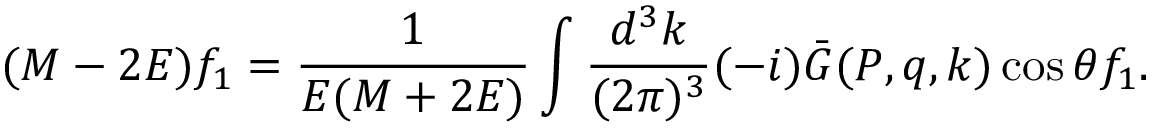
( M - 2 E ) f _ { 1 } = \frac { 1 } { E ( M + 2 E ) } \int \frac { d ^ { 3 } k } { ( 2 \pi ) ^ { 3 } } ( - i ) \bar { G } ( P , q , k ) \cos \theta f _ { 1 } .